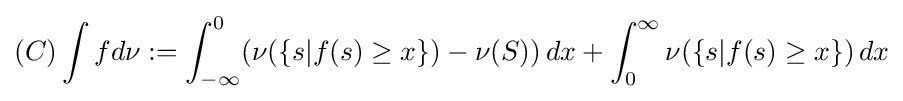
(C)\int fd\nu :=\int _{-\infty }^{0}(\nu (\{s|f(s)\geq x\})-\nu (S))\,dx+\int _{0}^{\infty }\nu (\{s|f(s)\geq x\})\,dx